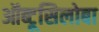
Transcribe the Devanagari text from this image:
ऑब्टूसिलोबा